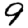
Digit: 9